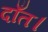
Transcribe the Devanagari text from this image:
दाँत।